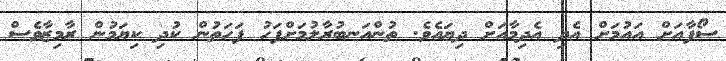
ސޯފާއަށް އައުމަށް އެދި އެދިމާއަށް ދިޔައެވެ. ތުންއަނބުރާލުމަށްފަހު ފަހަތުން ކުދި ކިޔަމުން ރާމިޒާވެސް